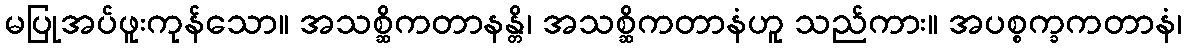
မပြုအပ်ဖူးကုန်သော။ အသစ္ဆိကတာနန္တိ၊ အသစ္ဆိကတာနံဟူ သည်ကား။ အပစ္စက္ခကတာနံ၊